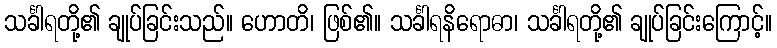
သင်္ခါရတို့၏ ချုပ်ခြင်းသည်။ ဟောတိ၊ ဖြစ်၏။ သင်္ခါရနိရောဓာ၊ သင်္ခါရတို့၏ ချုပ်ခြင်းကြောင့်။